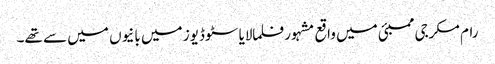
رام مکرجی ممبئی میں واقع مشہور فلمالایا سٹوڈیوز میں بانیوں میں سے تھے۔